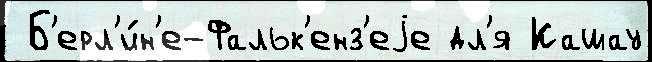
 Б'ерл'и́н'е-Фальк'енз'еjе дл'я Кашау